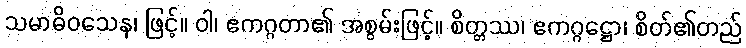
သမာဓိဝသေန၊ ဖြင့်။ ဝါ၊ ဧကဂ္ဂတာ၏ အစွမ်းဖြင့်။ စိတ္တဿ၊ ဧကဂ္ဂဋ္ဌော၊ စိတ်၏တည်